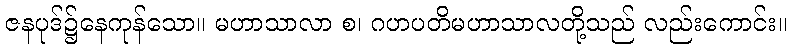
ဇနပုဒ်၌နေကုန်သော။ မဟာသာလာ စ၊ ဂဟပတိမဟာသာလတို့သည် လည်းကောင်း။